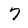
Character: 7